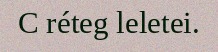
C réteg leletei.